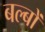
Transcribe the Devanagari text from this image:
बल्‍बों